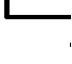
-